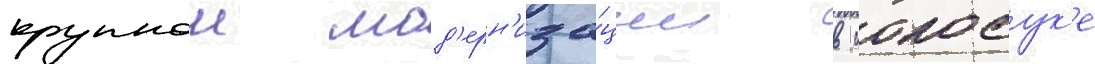
крупнои мод'ерн'иза́ции в иокосук'е